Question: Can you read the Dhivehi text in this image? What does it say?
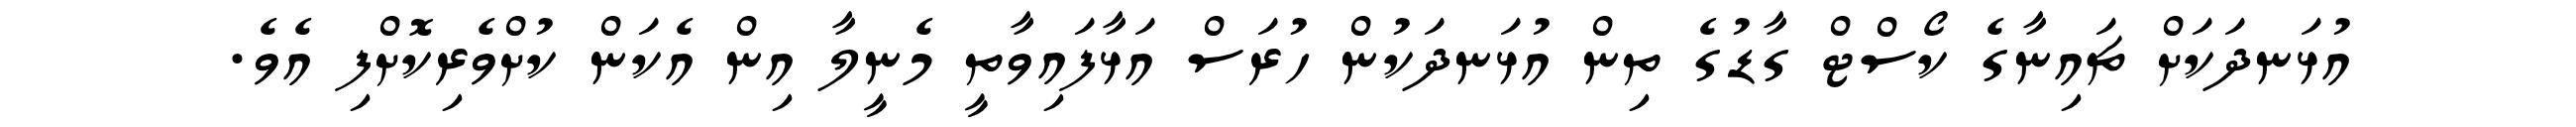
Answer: އުޅަނދަކަށް ޗައިނާގެ ކޯސްޓް ގާޑުގެ ތިން އުޅަނދަކުން ހުރަސް އަޅާފައިވާތީ މެނީލާ އިން އެކަން ކުށްވެރިކޮށްފި އެވެ.